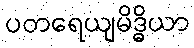
ပတရေယျမိဒ္ဓိယာ